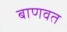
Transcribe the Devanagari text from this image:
बाणवत